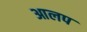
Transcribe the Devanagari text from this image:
आलप